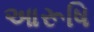
આરૂષિ